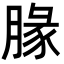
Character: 腞